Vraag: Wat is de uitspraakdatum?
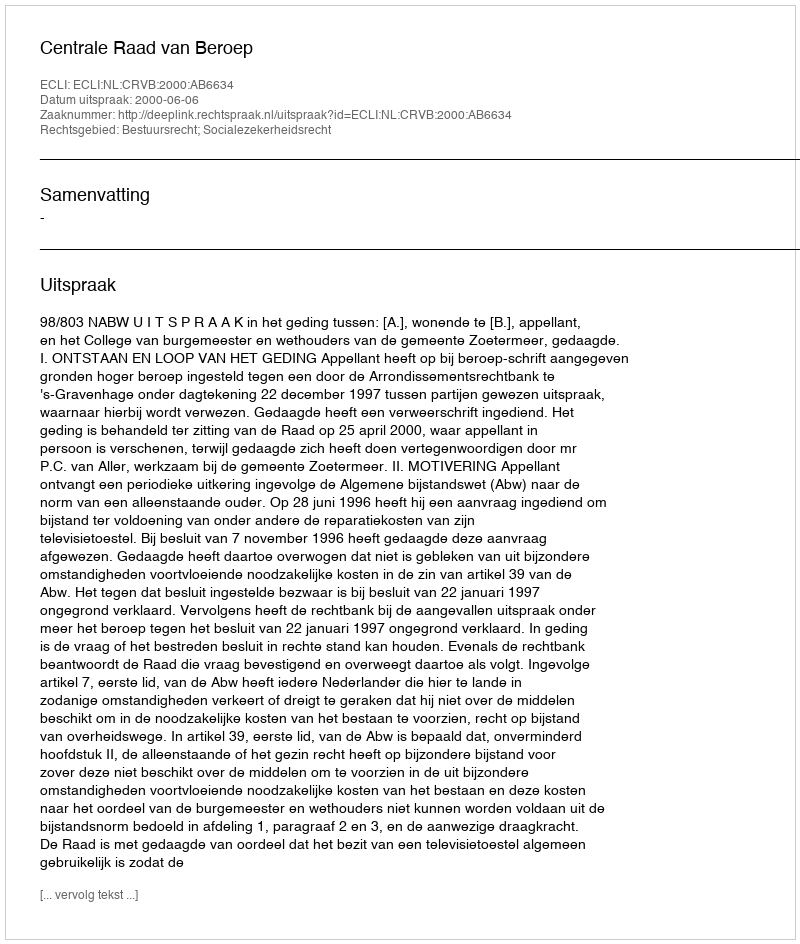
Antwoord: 2000-06-06